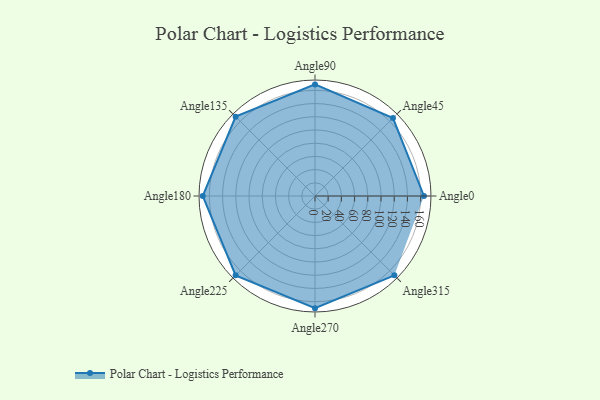
{"axis": {"x": "Angle", "y": "Radius"}, "legend": [""], "data": [{"x": "Angle0", "y": 165.0, "type": ""}, {"x": "Angle45", "y": 167.0, "type": ""}, {"x": "Angle90", "y": 169.0, "type": ""}, {"x": "Angle135", "y": 170, "type": ""}, {"x": "Angle180", "y": 170, "type": ""}, {"x": "Angle225", "y": 170, "type": ""}, {"x": "Angle270", "y": 170, "type": ""}, {"x": "Angle315", "y": 170, "type": ""}]}